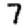
Digit: 7